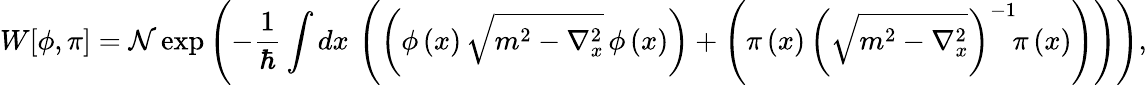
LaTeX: W[\phi,\pi]={\cal N}\exp\left(-\frac{1}{\hbar}\int dx\, \left(\left(\phi\left(x\right)\, \sqrt{m^{2}-\nabla_{x}^{2}}\, \phi\left(x\right)\right)+\left({\pi}\left(x\right)\, \left(\sqrt{m^{2}-\nabla_{x}^{2}}\right)^{-1}\! {\pi}\left(x\right)\right)\right)\right),